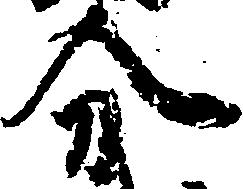
分